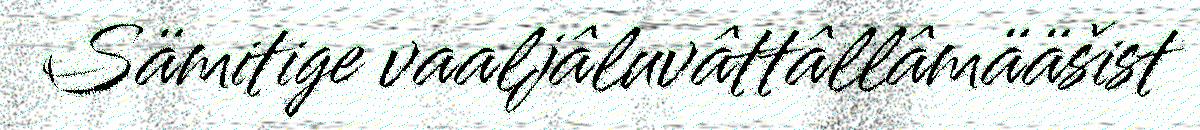
Sämitige vaaljâluvâttâllâmääšist